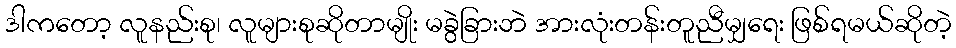
ဒါကတော့ လူနည်းစု၊ လူများစုဆိုတာမျိုး မခွဲခြားဘဲ အားလုံးတန်းတူညီမျှရေး ဖြစ်ရမယ်ဆိုတဲ့